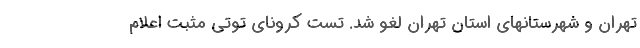
تهران و شهرستانهای استان تهران لغو شد. تست کرونای توتی مثبت اعلام